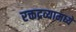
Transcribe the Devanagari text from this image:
रक्तद्रव्यामध्ये